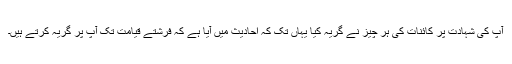
آپ کی شہادت پر کائنات کی ہر چیز نے گریہ کیا یہاں تک کہ احادیث میں آیا ہے کہ فرشتے قیامت تک آپ پر گریہ کرتے ہیں۔